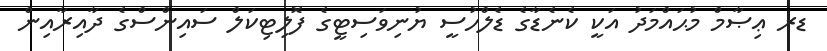
ޑރ ޢިޞާމް މުޙައްމަދު އަކީ ކެނެޑާގެ ޑެލްހުސީ ޔުނިވަސިޓީގެ ފޮލިޓިކަލް ސައިންސްގެ ދާއިރާއިން